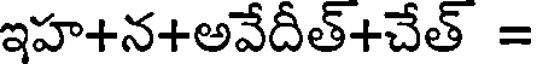
ఇహ+న+అవేదీత్+చేత్ =